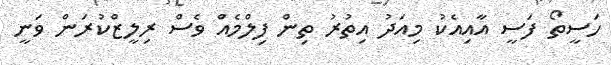
ހަސީތޯ ފަސީ އާއިއެކު މިއަދު އިތުރު ތިން ފިލްމެއް ވެސް ރިލީޒްކުރަން ވަނީ